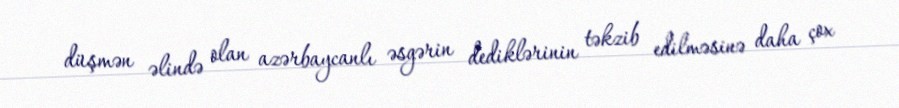
düşmən əlində olan azərbaycanlı əsgərin dediklərinin təkzib edilməsinə daha çox